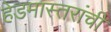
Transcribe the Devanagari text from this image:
हेडमास्तरांची